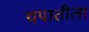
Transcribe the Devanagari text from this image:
चपातीला